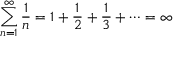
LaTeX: \sum _ { n = 1 } ^ { \infty } { \frac { 1 } { n } } = 1 + { \frac { 1 } { 2 } } + { \frac { 1 } { 3 } } + \cdots = \infty